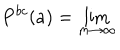
P ^ { b c } ( a ) = \lim _ { m \rightarrow \infty }